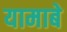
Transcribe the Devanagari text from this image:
यामाबे